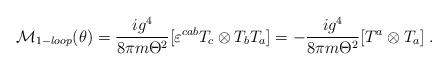
LaTeX: \begin{align*}{\cal M}_{1-loop} (\theta)=\frac{ig^4}{8\pi m\Theta^2} [ \varepsilon^{cab}T_c\otimes T_b T_a]= -\frac{ig^4}{8\pi m\Theta^2}[T^{a} \otimes T_a] \; .\end{align*}